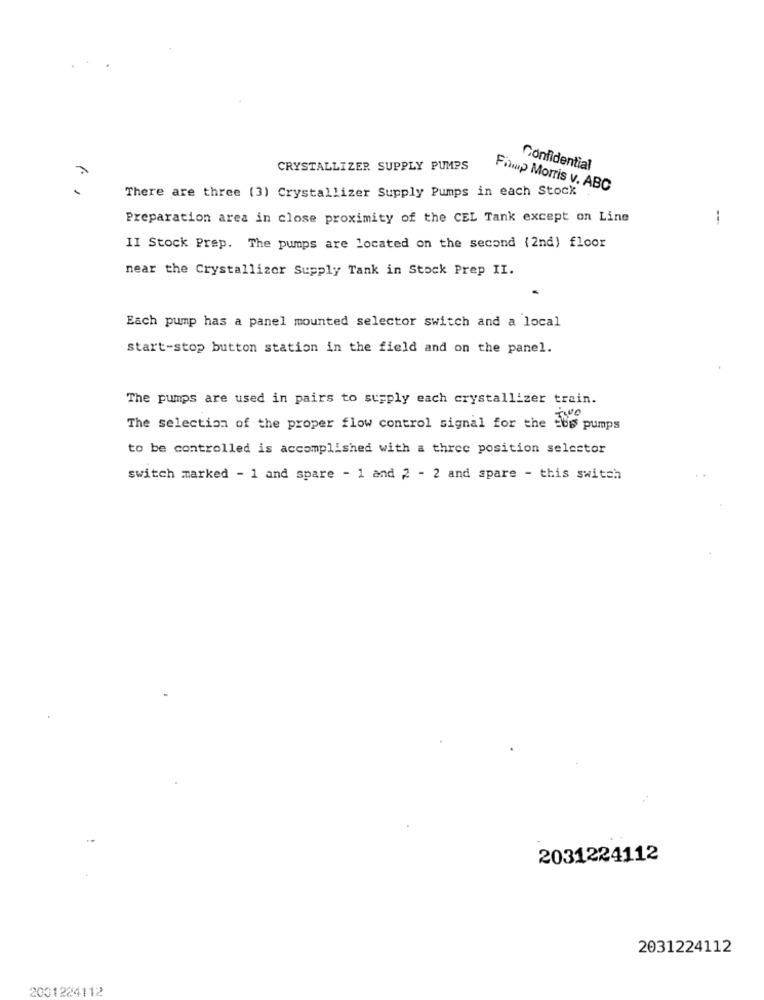
CRYSTALLIZER SUPPLY PUMPS
Confidential
Filmp Morris v. ABC
There are three (3) Crystallizer Supply Pumps in each Stock
Preparation area in close proximity of the CEL Tank except on Line
1
II Stock Prep. The pumps are located on the second (2nd) floor
near the Crystallizor Supply Tank in Stock Prep II.
Each pump has a panel mounted selector switch and a local
start-stop button station in the field and on the panel.
The pumps are used in pairs to supply each crystallizer train.
The selection of the proper flow control signal for the ftp pumps
to be controlled is accomplished with a three position selector
switch marked - 1 and spare - 1 and 2 - 2 and spare - this switch
2031224112
2031224112
2001284112